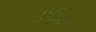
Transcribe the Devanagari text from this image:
एंटिबा